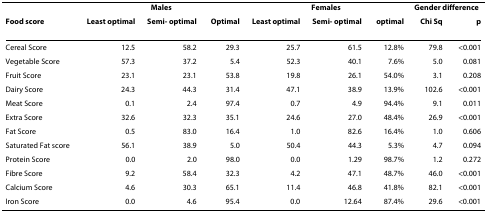
<table><thead><tr><td></td><td colspan="3"><b>Males</b></td><td colspan="3"><b>Females</b></td><td colspan="2"><b>Gender difference</b></td></tr><tr><td><b>Food score</b></td><td><b>Least optimal</b></td><td><b>Semi- optimal</b></td><td><b>Optimal</b></td><td><b>Least optimal</b></td><td><b>Semi- optimal</b></td><td><b>optimal</b></td><td><b>Chi Sq</b></td><td><b>p</b></td></tr></thead><tbody><tr><td>Cereal Score</td><td>12.5</td><td>58.2</td><td>29.3</td><td>25.7</td><td>61.5</td><td>12.8%</td><td>79.8</td><td>&lt;0.001</td></tr><tr><td>Vegetable Score</td><td>57.3</td><td>37.2</td><td>5.4</td><td>52.3</td><td>40.1</td><td>7.6%</td><td>5.0</td><td>0.081</td></tr><tr><td>Fruit Score</td><td>23.1</td><td>23.1</td><td>53.8</td><td>19.8</td><td>26.1</td><td>54.0%</td><td>3.1</td><td>0.208</td></tr><tr><td>Dairy Score</td><td>24.3</td><td>44.3</td><td>31.4</td><td>47.1</td><td>38.9</td><td>13.9%</td><td>102.6</td><td>&lt;0.001</td></tr><tr><td>Meat Score</td><td>0.1</td><td>2.4</td><td>97.4</td><td>0.7</td><td>4.9</td><td>94.4%</td><td>9.1</td><td>0.011</td></tr><tr><td>Extra Score</td><td>32.6</td><td>32.3</td><td>35.1</td><td>24.6</td><td>27.0</td><td>48.4%</td><td>26.9</td><td>&lt;0.001</td></tr><tr><td>Fat Score</td><td>0.5</td><td>83.0</td><td>16.4</td><td>1.0</td><td>82.6</td><td>16.4%</td><td>1.0</td><td>0.606</td></tr><tr><td>Saturated Fat score</td><td>56.1</td><td>38.9</td><td>5.0</td><td>50.4</td><td>44.3</td><td>5.3%</td><td>4.7</td><td>0.094</td></tr><tr><td>Protein Score</td><td>0.0</td><td>2.0</td><td>98.0</td><td>0.0</td><td>1.29</td><td>98.7%</td><td>1.2</td><td>0.272</td></tr><tr><td>Fibre Score</td><td>9.2</td><td>58.4</td><td>32.3</td><td>4.2</td><td>47.1</td><td>48.7%</td><td>46.0</td><td>&lt;0.001</td></tr><tr><td>Calcium Score</td><td>4.6</td><td>30.3</td><td>65.1</td><td>11.4</td><td>46.8</td><td>41.8%</td><td>82.1</td><td>&lt;0.001</td></tr><tr><td>Iron Score</td><td>0.0</td><td>4.6</td><td>95.4</td><td>0.0</td><td>12.64</td><td>87.4%</td><td>29.6</td><td>&lt;0.001</td></tr></tbody></table>